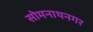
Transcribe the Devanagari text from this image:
सोमनाथनगर